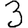
Digit: 3